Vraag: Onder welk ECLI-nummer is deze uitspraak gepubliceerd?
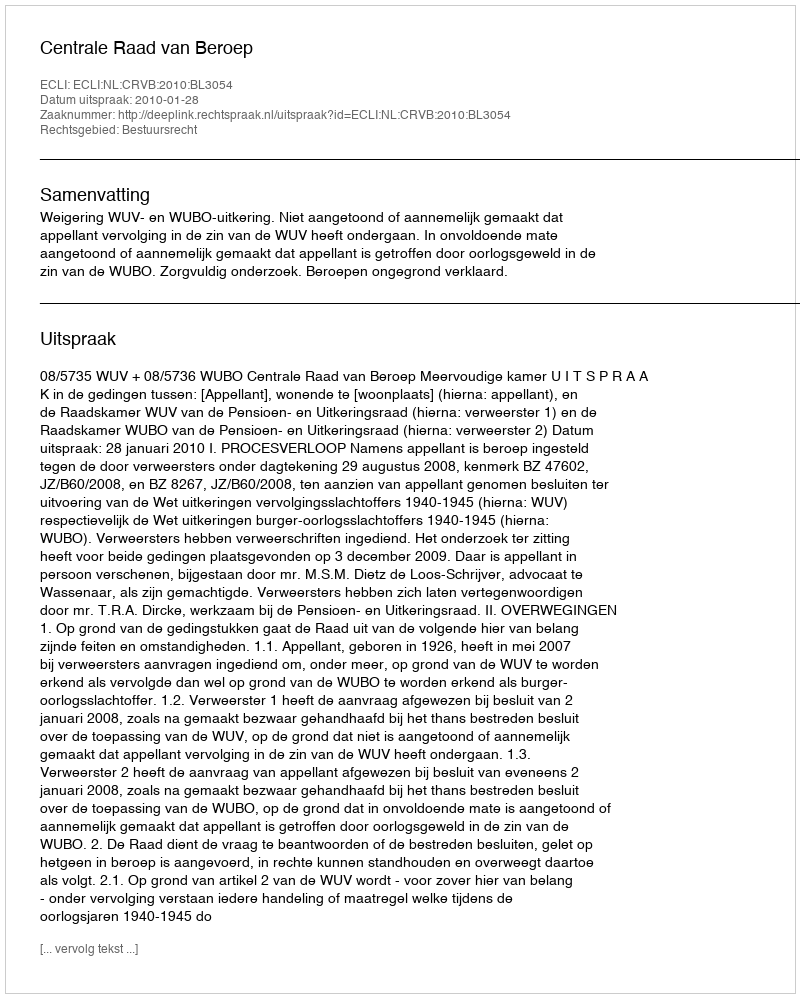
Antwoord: ECLI:NL:CRVB:2010:BL3054